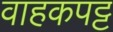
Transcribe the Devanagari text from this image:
वाहकपट्ट